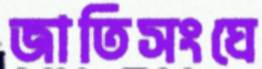
জাতিসংঘে